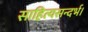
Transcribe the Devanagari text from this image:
साहित्यसन्दर्भ।